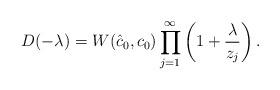
LaTeX: \begin{align*}D(-\lambda)=W(\hat c_0,c_0)\prod_{j=1}^{\infty} \left(1+\frac{\lambda}{z_j}\right). \end{align*}